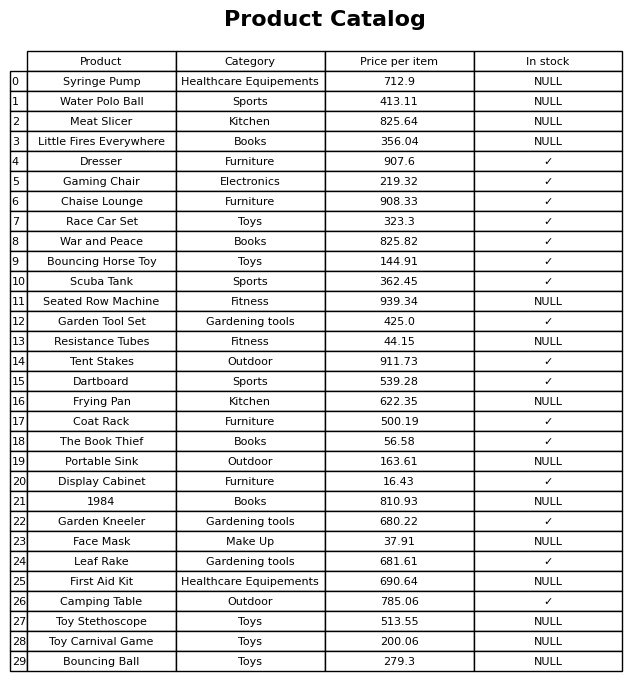
question: What is the price of the Bouncing Horse Toy?
answer: The price of Bouncing Horse Toy is 144.91.